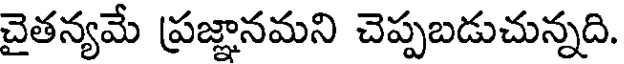
చైతన్యమే ప్రజ్ఞానమని చెప్పబడుచున్నది.